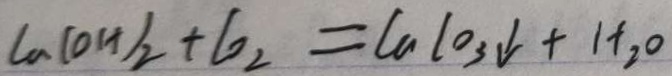
C a ( O H ) _ { 2 } + C O _ { 2 } = C a C O _ { 3 } \downarrow + H _ { 2 } O